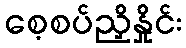
စေ့စပ်ညှိနှိုင်း